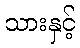
သားနှင့်